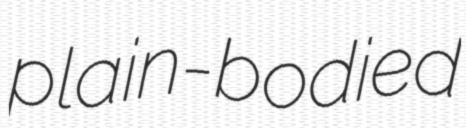
plain-bodied